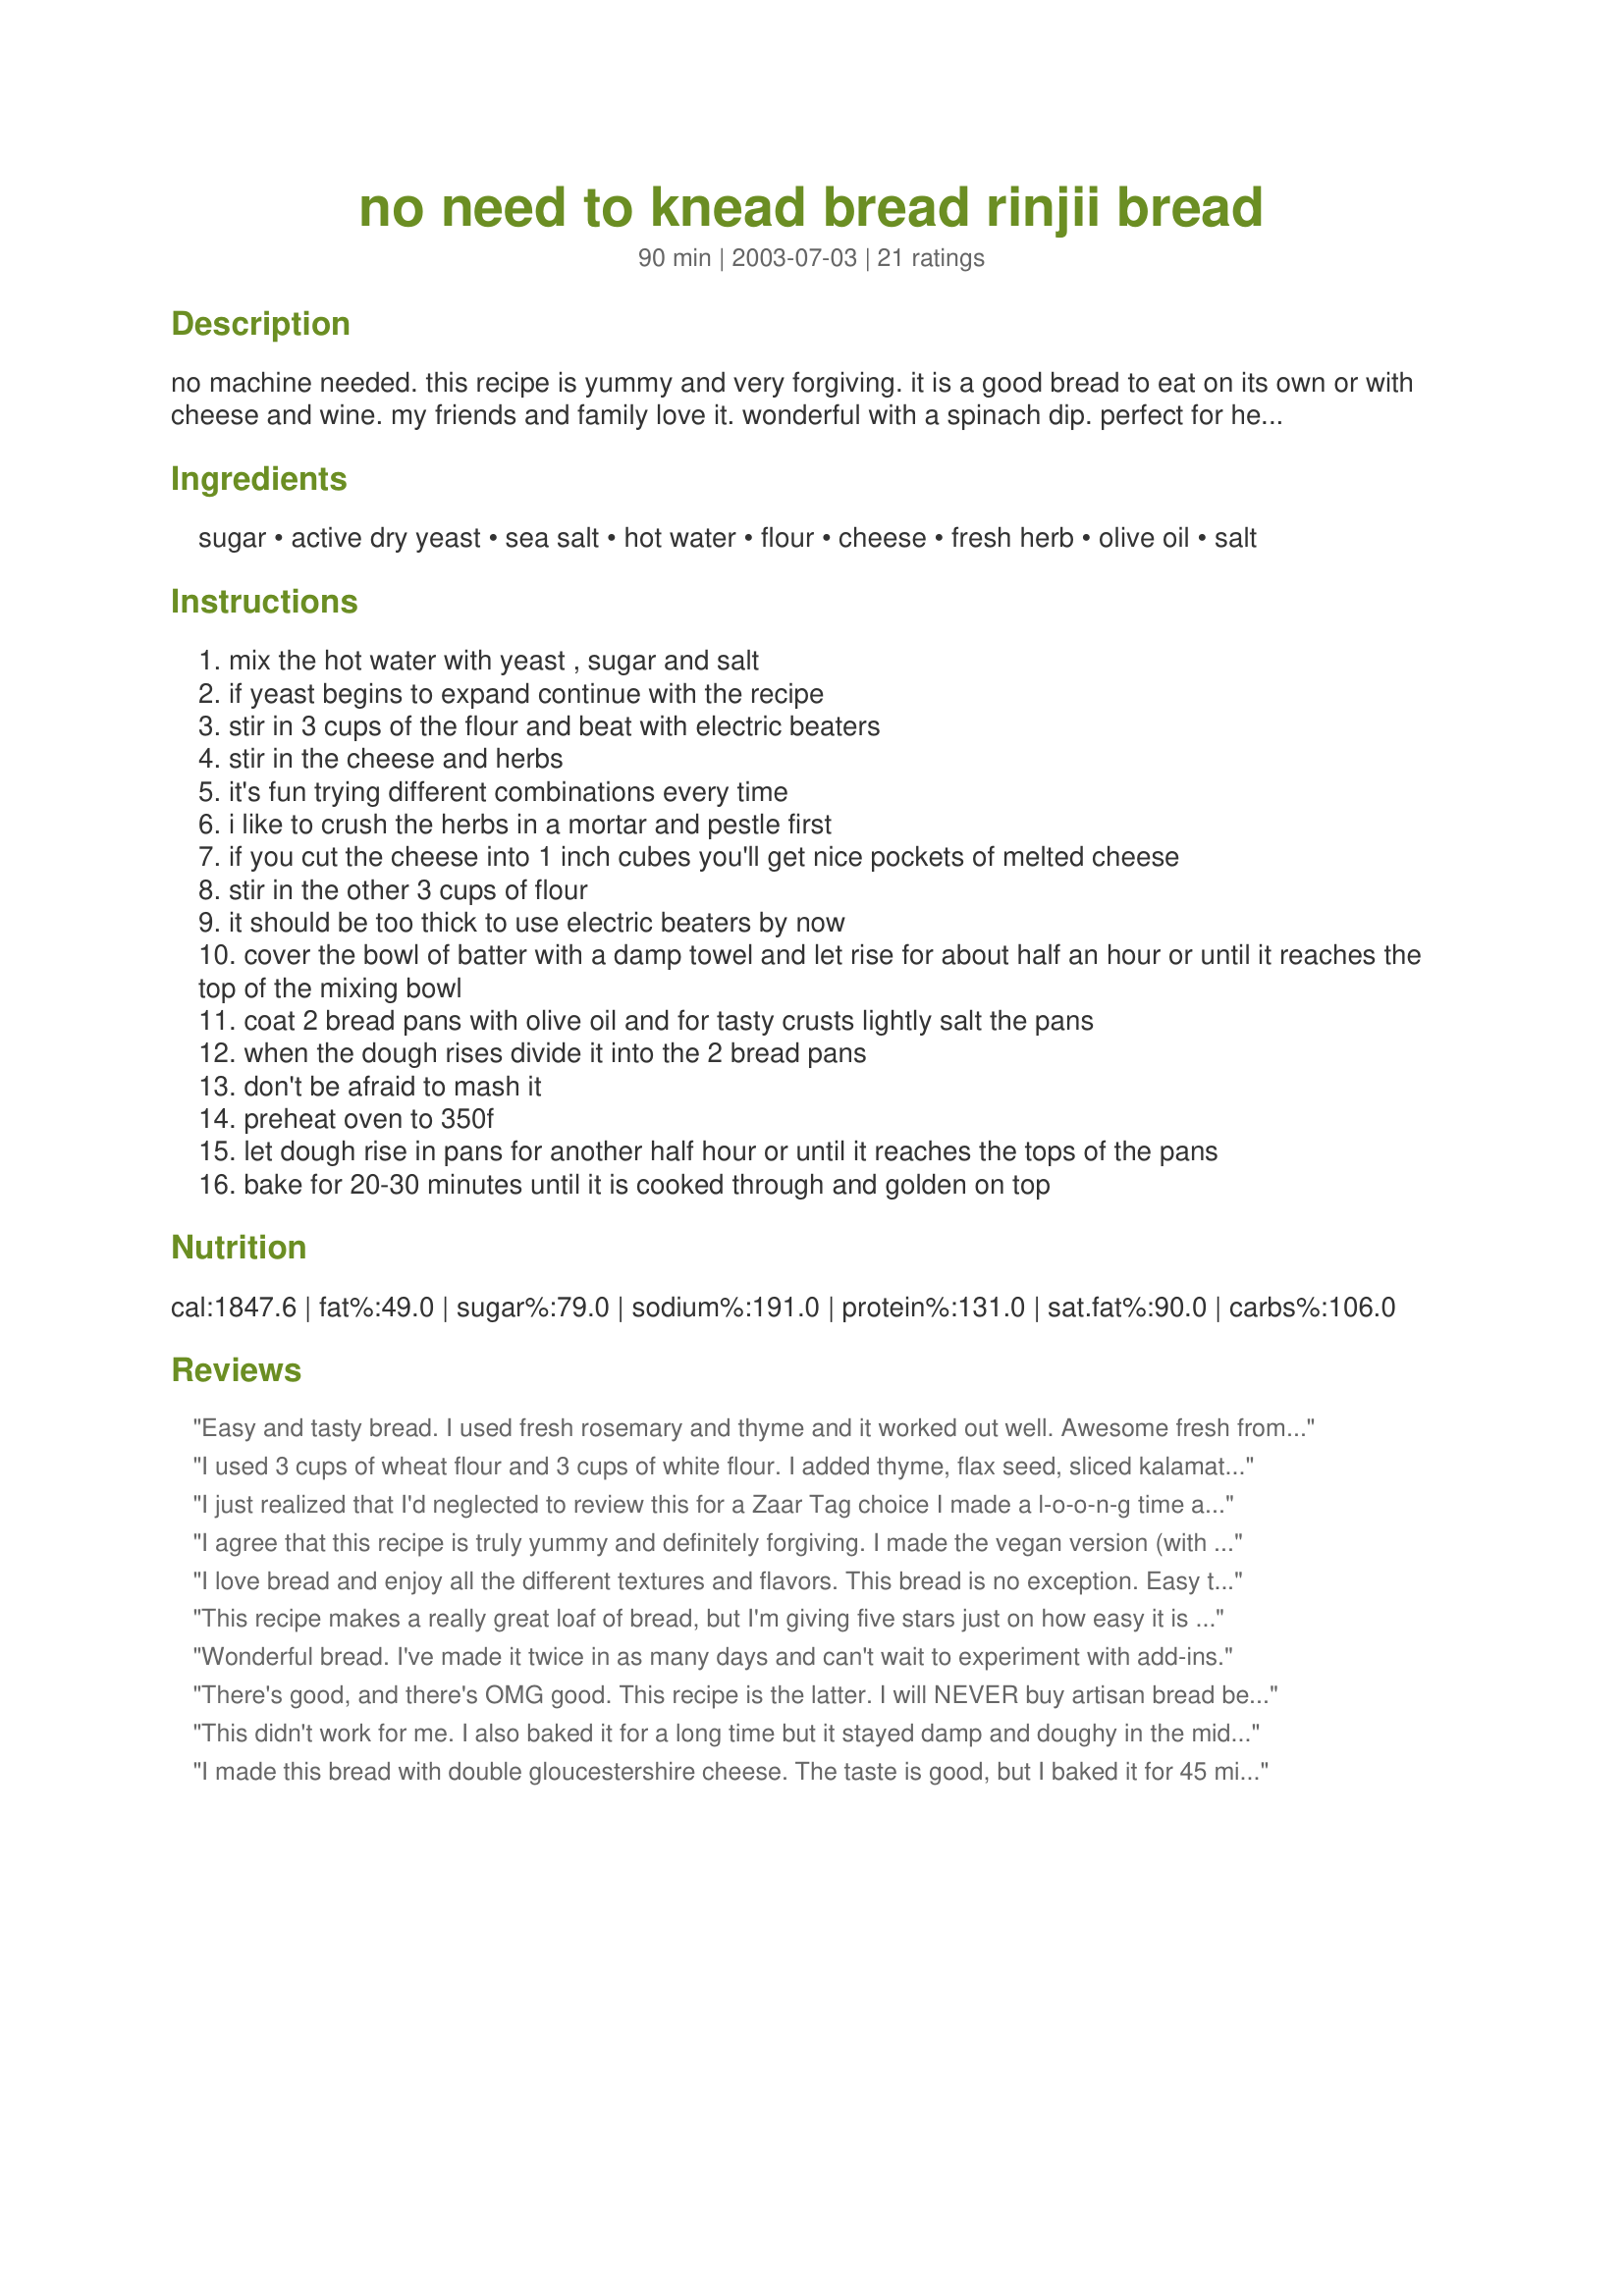
no need to knead bread rinjii bread
Preparation time: 90 minutes

no machine needed. this recipe is yummy and very forgiving. it is a good bread to eat on its own or with cheese and wine. my friends and family love it. wonderful with a spinach dip. perfect for hearty sandwiches.

Ingredients:
sugar, active dry yeast, sea salt, hot water, flour, cheese, fresh herb, olive oil, salt

Steps:
mix the hot water with yeast , sugar and salt
if yeast begins to expand continue with the recipe
stir in 3 cups of the flour and beat with electric beaters
stir in the cheese and herbs
it's fun trying different combinations every time
i like to crush the herbs in a mortar and pestle first
if you cut the cheese into 1 inch cubes you'll get nice pockets of melted cheese
stir in the other 3 cups of flour
it should be too thick to use electric beaters by now
cover the bowl of batter with a damp towel and let rise for about half an hour or until it reaches the top of the mixing bowl
coat 2 bread pans with olive oil and for tasty crusts lightly salt the pans
when the dough rises divide it into the 2 bread pans
don't be afraid to mash it
preheat oven to 350f
let dough rise in pans for another half hour or until it reaches the tops of the pans
bake for 20-30 minutes until it is cooked through and golden on top

Reviews:
Easy and tasty bread. I used fresh rosemary and thyme and it worked out well. Awesome fresh from the oven. I'd recommend heating it in the microwave or oven before serving leftovers. I halved this recipe with success. Thanks for posting.
I used 3 cups of wheat flour and 3 cups of white flour. I added thyme, flax seed, sliced kalamata olives, and 4 cloves of crushed garlic to the loaves. I also used mediterranean sea salt to give it an earthy flavor. When in the baking pan, I sprayed the loaves with olive oil and topped with freshly grated parmigiano reggiano cheese. I LOVED this bread. Thanks a million Rinjii!
I just realized that I'd neglected to review this for a Zaar Tag choice I made a l-o-o-n-g time ago; OOPS!! In any case it was wonderful. I used a tablespoon each of fresh rosemary and basil, chopped very finely, and also added 1/4 cup of pureed fresh onion. I used blue cheese chunks and bread flour (the recipe didn't specify) I also cut the amount of salt in half. I baked for 30 minutes and it was perfect. I've made it twice since the first time, using different cheeses and herbs; it's been great every time. Really deserves five very shiny stars for both ease of preparation and taste.
I agree that this recipe is truly yummy and definitely forgiving. I made the vegan version (with olive oil rather than cheese). At one point I thought it was a little wet, so I added a little more flour. Later, when moving it to the pan, I discovered I didn't have the loaf pans I needed. So I put the whole thing on one very large pan. (It's quite a lot of dough, but the pan was large and had edges.) I added some olive oil to the outside to keep it from sticking while I shaped it. The recipe doesn't give a measurement for the fresh herbs, so I just guessed. I used basil and oregano. I didn't want the herb flavor to be overpowering, so I didn't use too much. Later, when it was done baking, the herb smell was quite mild, and the crust looked a little dry. So I brushed on a little vegan butter and sprinkled on some dry rosemary and spices I had on hand, then baked it a few more minutes. I made it the night before a vegan potluck picnic, and just reheated it about five minutes in the morning before I left home. Then I wrapped it in a dish towel and tossed it in a basket to take. People at the picnic just pulled off pieces as they desired. I was glad I had cooked it on a big pan because I liked the rugged look of it. It was very carefree, and everyone seemed to really enjoy it - several asked for the recipe.
I love bread and enjoy all the different textures and flavors. This bread is no exception. Easy to make and easy to eat. Thank you Rinjii Flower for the great addition to my kitchen table.
This recipe makes a really great loaf of bread, but I'm giving five stars just on how easy it is to prepare - even the measurements are simple enough to commit to memory in a flash. I used whole wheat flour and olive oil, and had to bake slightly longer than thirty minutes.
Wonderful bread. I've made it twice in as many days and can't wait to experiment with add-ins.
There's good, and there's OMG good. This recipe is the latter. I will NEVER buy artisan bread because this is soooooo easy (and cheap). And two 2hours after pulling it out of the oven my kitchen still smells yummy. I used Olive oil and rosemary from my yard.
This didn't work for me. I also baked it for a long time but it stayed damp and doughy in the middle. I finally got it fully baked but then couldn't eat it because it was too hard. I ended up using it for french toast the next morning and tossing the rest.
I made this bread with double gloucestershire cheese. The taste is good, but I baked it for 45 minutes and it is still doughy and damp in the middle. Perhaps if it was baked even longer, it would be better, but I like my bread light and airy, which this was not.
I thought I had rated this bread when I first started making it. I noticed today that I haven't. SUPERB bread!! It is so easy and rises beautifully. I put in small blocks of fat free chedder with dill. It is just yummy! 
I have used half spelt (3 cups) flour and it turned out the same only slightly more dense. I love this bread!
I've made this bread twice now and it's wonderful. I totally missed the addition of olive oil as I didn't want to add any cheese. It turned out great. The temp/time was right on for my oven. This bread has a texture like english muffin bread and begs for jam or honey if toasted! Great recipe. Thanks Rinjii.
Very good bread. I almost forgot the herbs..tossed in about a teaspoon of dried oregano just before setting to rise. The whole process was just as described in the recipe....my bread turned out just like the photos....and it tastes so good!
Lovely cheese filled bread! Perfect texture, too. I added garlic to mine, otherwise followed your recipe. I used your suggestion of lightly salting the pans, but didn't care for that - just too salty for my tastes.
I have been very slow in sending a review. I have made this bread at least a dozen times - using cubes of cheddar cheese - and it has turned out scrumptious every time. Tried herbs and Feta cheese once, but was not impressed. My other bread recipes are gathering dust as none of them have been used since I found this recipe. Thank you for posting.
What a great bread recipe. I made a few changes that you might like.I took 4 chopped garlic cloves and lightly browned them in the olive oil. I added the olive oil and garlic into the mixture prior to the bread raising.I also put 1/2 Tbs. of basil leaves into the mixture before raising.In one corner of the oven I placed an extra bread pan with about 15 ice cubes, the same time I placed the bread into the oven and the crust was nice and tough and crunchy. Great taste and great texture.
The only confusing portion of the directions was the part about watching the yeast. I've never baked bread before so I had no idea what I was looking for. You're looking for "foam". I made mistakes left and right (this is my first time though), didn't have anything to add to it but olive oil, didn't grease the pan enough and it still turned out AMAZING. I wonder how black olives and mushrooms would taste in this...
Tried this last night. Easy and tasty. Thanks for the wonderful recipe!
goood recipe
First timer in bread making, but I am very bad at following instructions. I added dried thyme when kneading and sprinkle some muesli on top of the bread. It turn out fragrant and good looking (photo 3).
My kind of bread!
